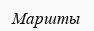
Маршты